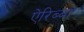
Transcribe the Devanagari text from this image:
ऐरिब्बा